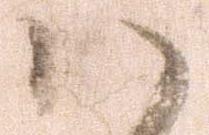
ハ